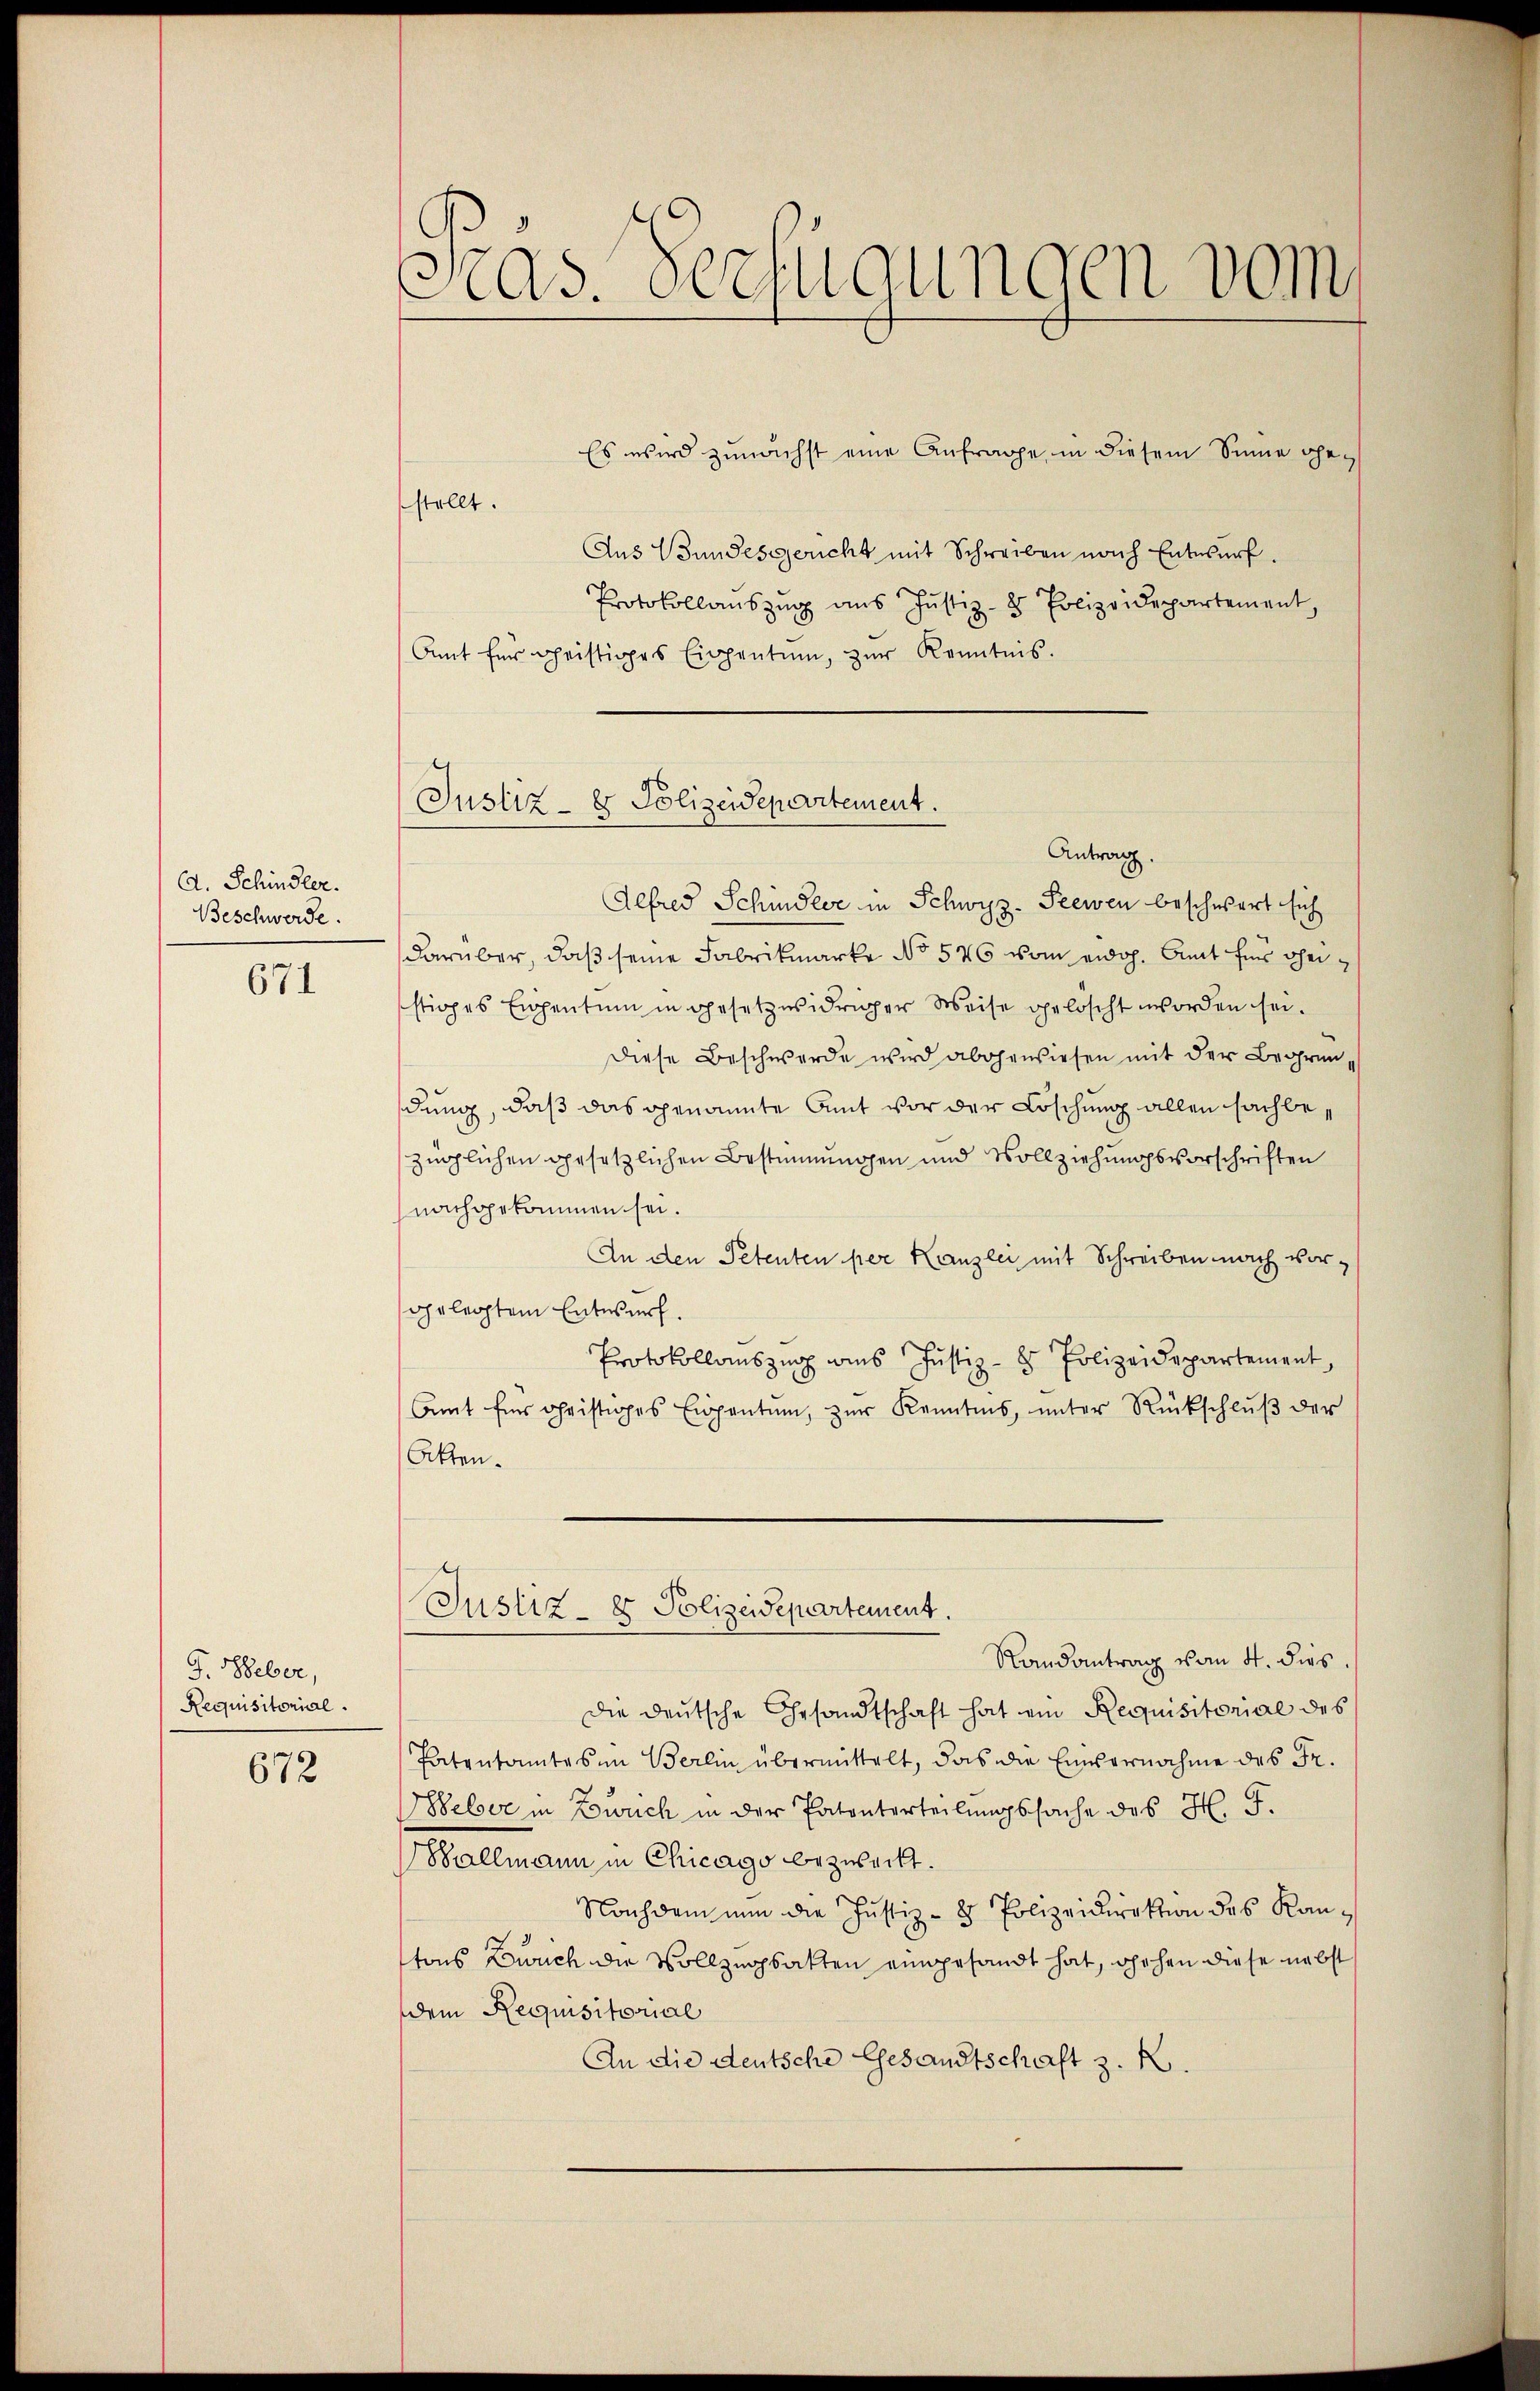
A. Schindler.
Beschwerde.

671

J. Weber,
Requisitorial.

672

as. Verfügungen vom

Es wird zunächst eine Anfrage in diesem Sinne gestellt.
Aus Bundesgericht mit Schreiben nach Entwurf.
Protokollaŭszŭg ans Jŭstiz- & Polizeidepartement,
Amt für geistiges Eigentum, zŭr Kenntnis.

Justiz- & Polizeidepartement.
Antrag

Alfred Schindler in Schwyz-Seewen beschwert sich
darüber, daß seine Fabrikmarke No 576 vom eidg. Amt für Theistiges Eigentum in gesetzwidriger Weise gelöscht worden sei.
Diese Beschwerde wird abgewiesen mit der Begründung, daß das genannte Amt vor der Löschung allen sachbezüglichen gesetzlichen Bestimmungen und Vollziehungsvorschriften
nachgekommen sei.
An den Petenten per Kanzlei mit Schreiben nach vorgelegtem Entwurf.
Protokollauszug aus Justiz- & Polizeidepartement,
Amt für Christiges Eigentum, zŭr Kenntnis, ŭnter Rückschlŭβ der
Akten.
Justiz- & Polizeidepartement.
Randantrag vom 4. dies
die deutsche Gesandtschaft hat ein Requisitorial des
Patentamtes im Berlin übermittelt, das die Einvernahme des Fr.
elser in Zürich in der Patenterteilungssache des H. F.
Ballmann in Chicago bezweckt.
Nachdem nun die Justiz- & Polizeidirektion des Kantons Zürich die Vollzugsakten eingesandt hat, gehen diese nebst
dem Requisitorial
An die deutsche Gesandtschaft z. B.